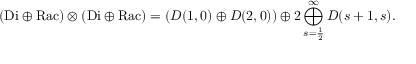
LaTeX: ( { \mathrm { D i } } \oplus { \mathrm { R a c } } ) \otimes ( { \mathrm { D i } } \oplus { \mathrm { R a c } } ) = ( D ( 1 , 0 ) \oplus D ( 2 , 0 ) ) \oplus 2 \bigoplus _ { s = \frac { 1 } { 2 } } ^ { \infty } D ( s + 1 , s ) .